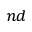
^ { n d }